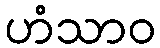
ဟံသာဝ